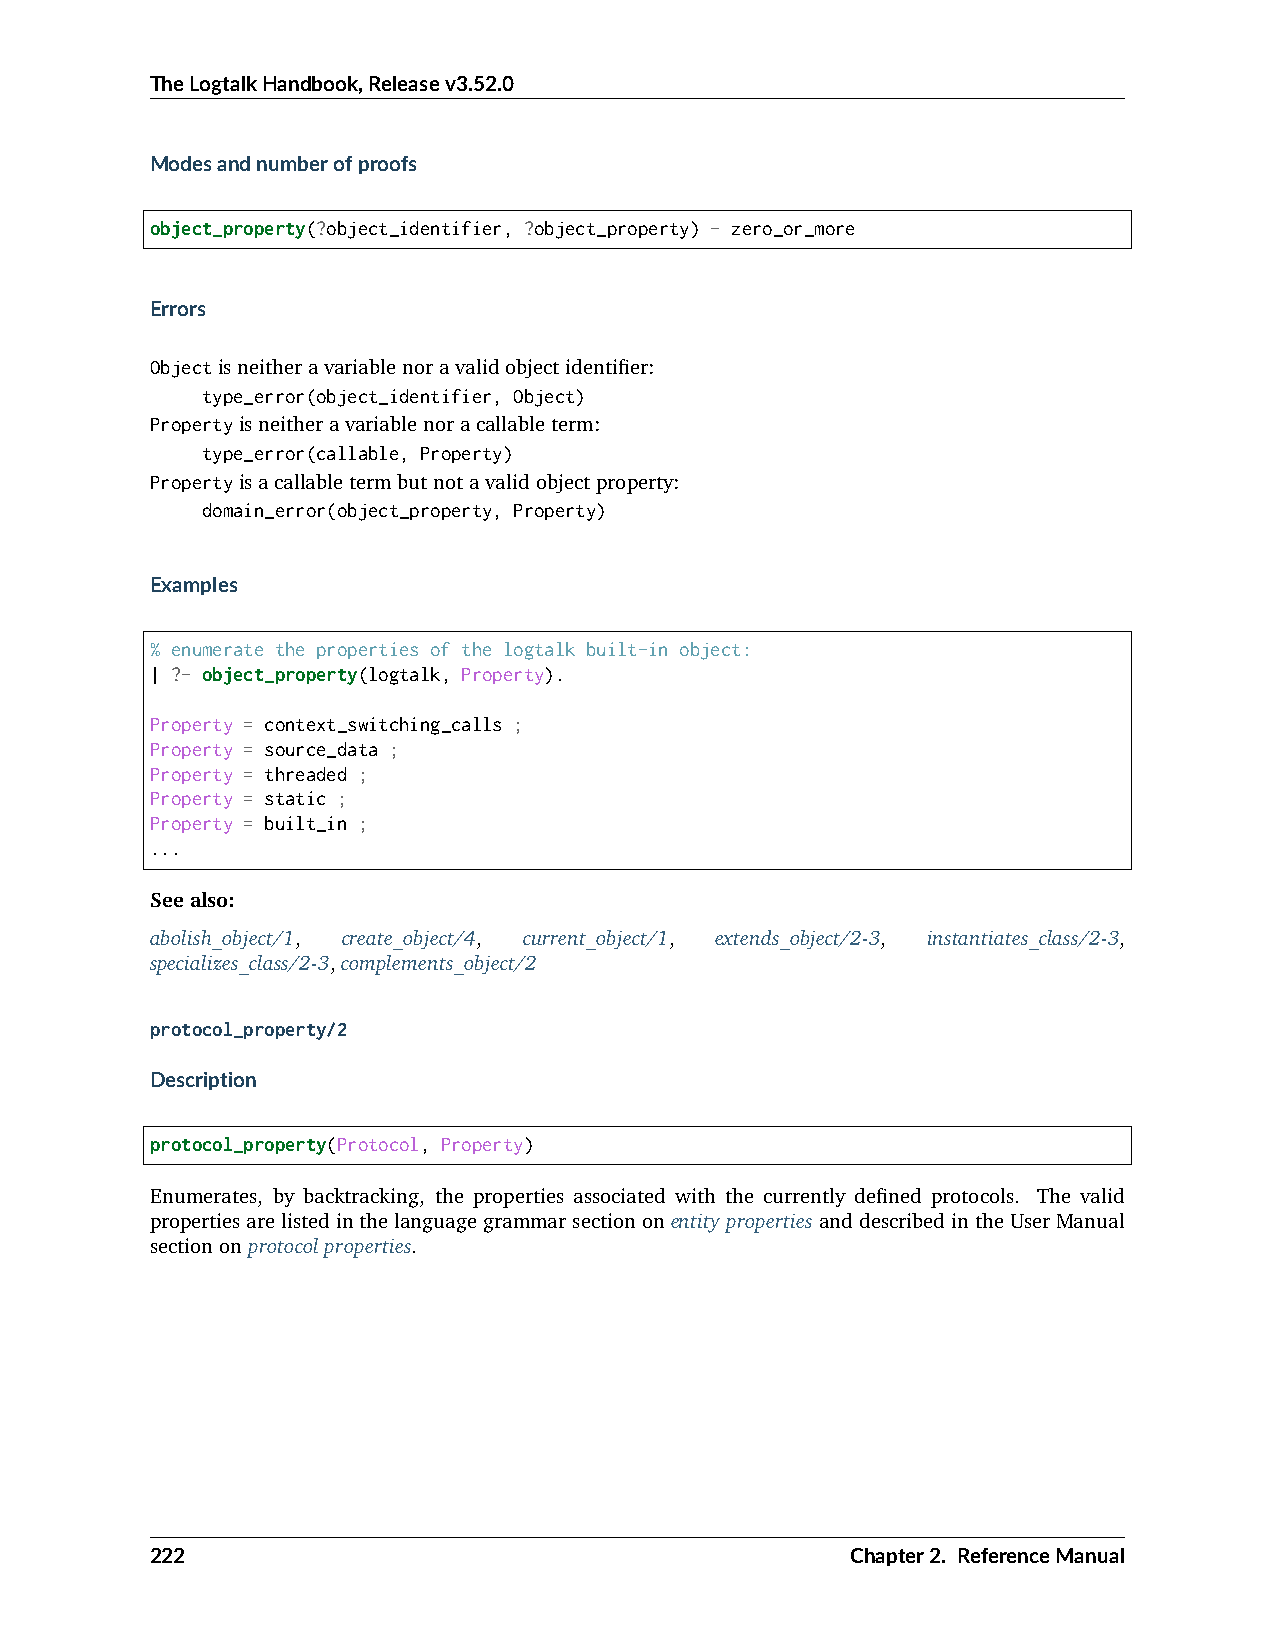
TheLogtalkHandbook,Releasev3.52.0
 Modesandnumberofproofs
 object_property(?object_identifier, ?object_property) - zero_or_more
 Errors
 Objectisneitheravariablenoravalidobjectidentifier:
 type_error(object_identifier, Object)
 Propertyisneitheravariablenoracallableterm:
 type_error(callable, Property)
 Propertyisacallabletermbutnotavalidobjectproperty:
 domain_error(object_property, Property)
 Examples
 % enumerate the properties of the logtalk built-in object:
 | ?- object_property(logtalk, Property).
 Property = context_switching_calls ;
 Property = source_data ;
 Property = threaded ;
 Property = static ;
 Property = built_in ;
 ...
 Seealso:
 abolish_object/1, create_object/4, current_object/1, extends_object/2-3, instantiates_class/2-3,
 specializes_class/2-3,complements_object/2
 protocol_property/2
 Description
 protocol_property(Protocol, Property)
 Enumerates, by backtracking, the properties associated with the currently defined protocols. The valid
 propertiesarelistedinthelanguagegrammarsectiononentitypropertiesanddescribedintheUserManual
 sectiononprotocolproperties.
 222                                           Chapter2. ReferenceManual